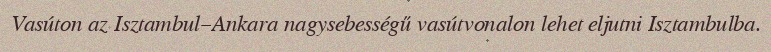
Vasúton az Isztambul–Ankara nagysebességű vasútvonalon lehet eljutni Isztambulba.